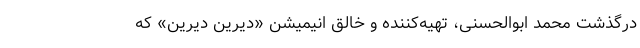
درگذشت محمد ابوالحسنی، تهیه‌کننده و خالق انیمیشن «دیرین دیرین» که